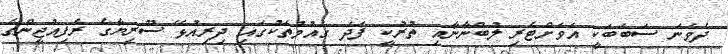
ދެވަނަ ސަބަބަކީ އަވަށްޓެރި ލުބްނާނާއި ތުުރުކީ ފަދަ ގައުމުތަކުގައި ދިރިއުޅޭ ސޫރިޔާގެ ރެފިއުޖީންގެ